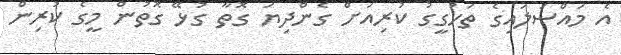
އެ މައްސަލައިގެ ތަހުގީގު ކުރިއަށް ގެންދިޔަ ގޮތާ ގުޅޭ ގޮތުން މީގެ ކުރިން